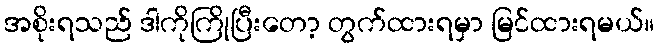
အစိုးရသည် ဒါကိုကြိုပြီးတော့ တွက်ထားရမှာ မြင်ထားရမယ်။